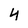
Character: 4